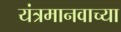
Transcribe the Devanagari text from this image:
यंत्रमानवाच्या